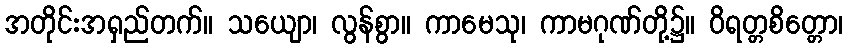
အတိုင်းအရှည်တက်။ သယျော၊ လွန်စွာ။ ကာမေသု၊ ကာမဂုဏ်တို့၌။ ဝိရတ္တစိတ္တော၊